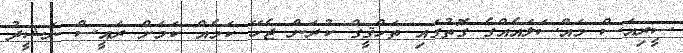
ސީރިއަސް މައްސަލައެއްގެ ގޮތުގައި ތަހްޤީގް ކުރަން ޖެހޭ ކަމެއް ކަމަށް ރައީސް ނަޝީދު